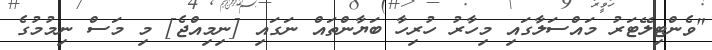
"ވެންޓިލޭޓަރު މައްސަލާގައި މިހާރު ހުރިހާ ބަޔާންތައް ނަގައި [ނިމިއްޖެ] މި މަސް ނިމުމުގެ